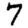
Digit: 7